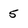
Character: 5